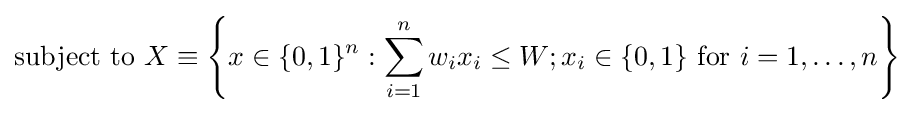
{\text{subject to }}X\equiv \left\{x\in \{0,1\}^{n}:\sum _{i=1}^{n}w_{i}x_{i}\leq W;x_{i}\in \{0,1\}{\text{ for }}i=1,\ldots ,n\right\}